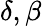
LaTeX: \delta,\beta